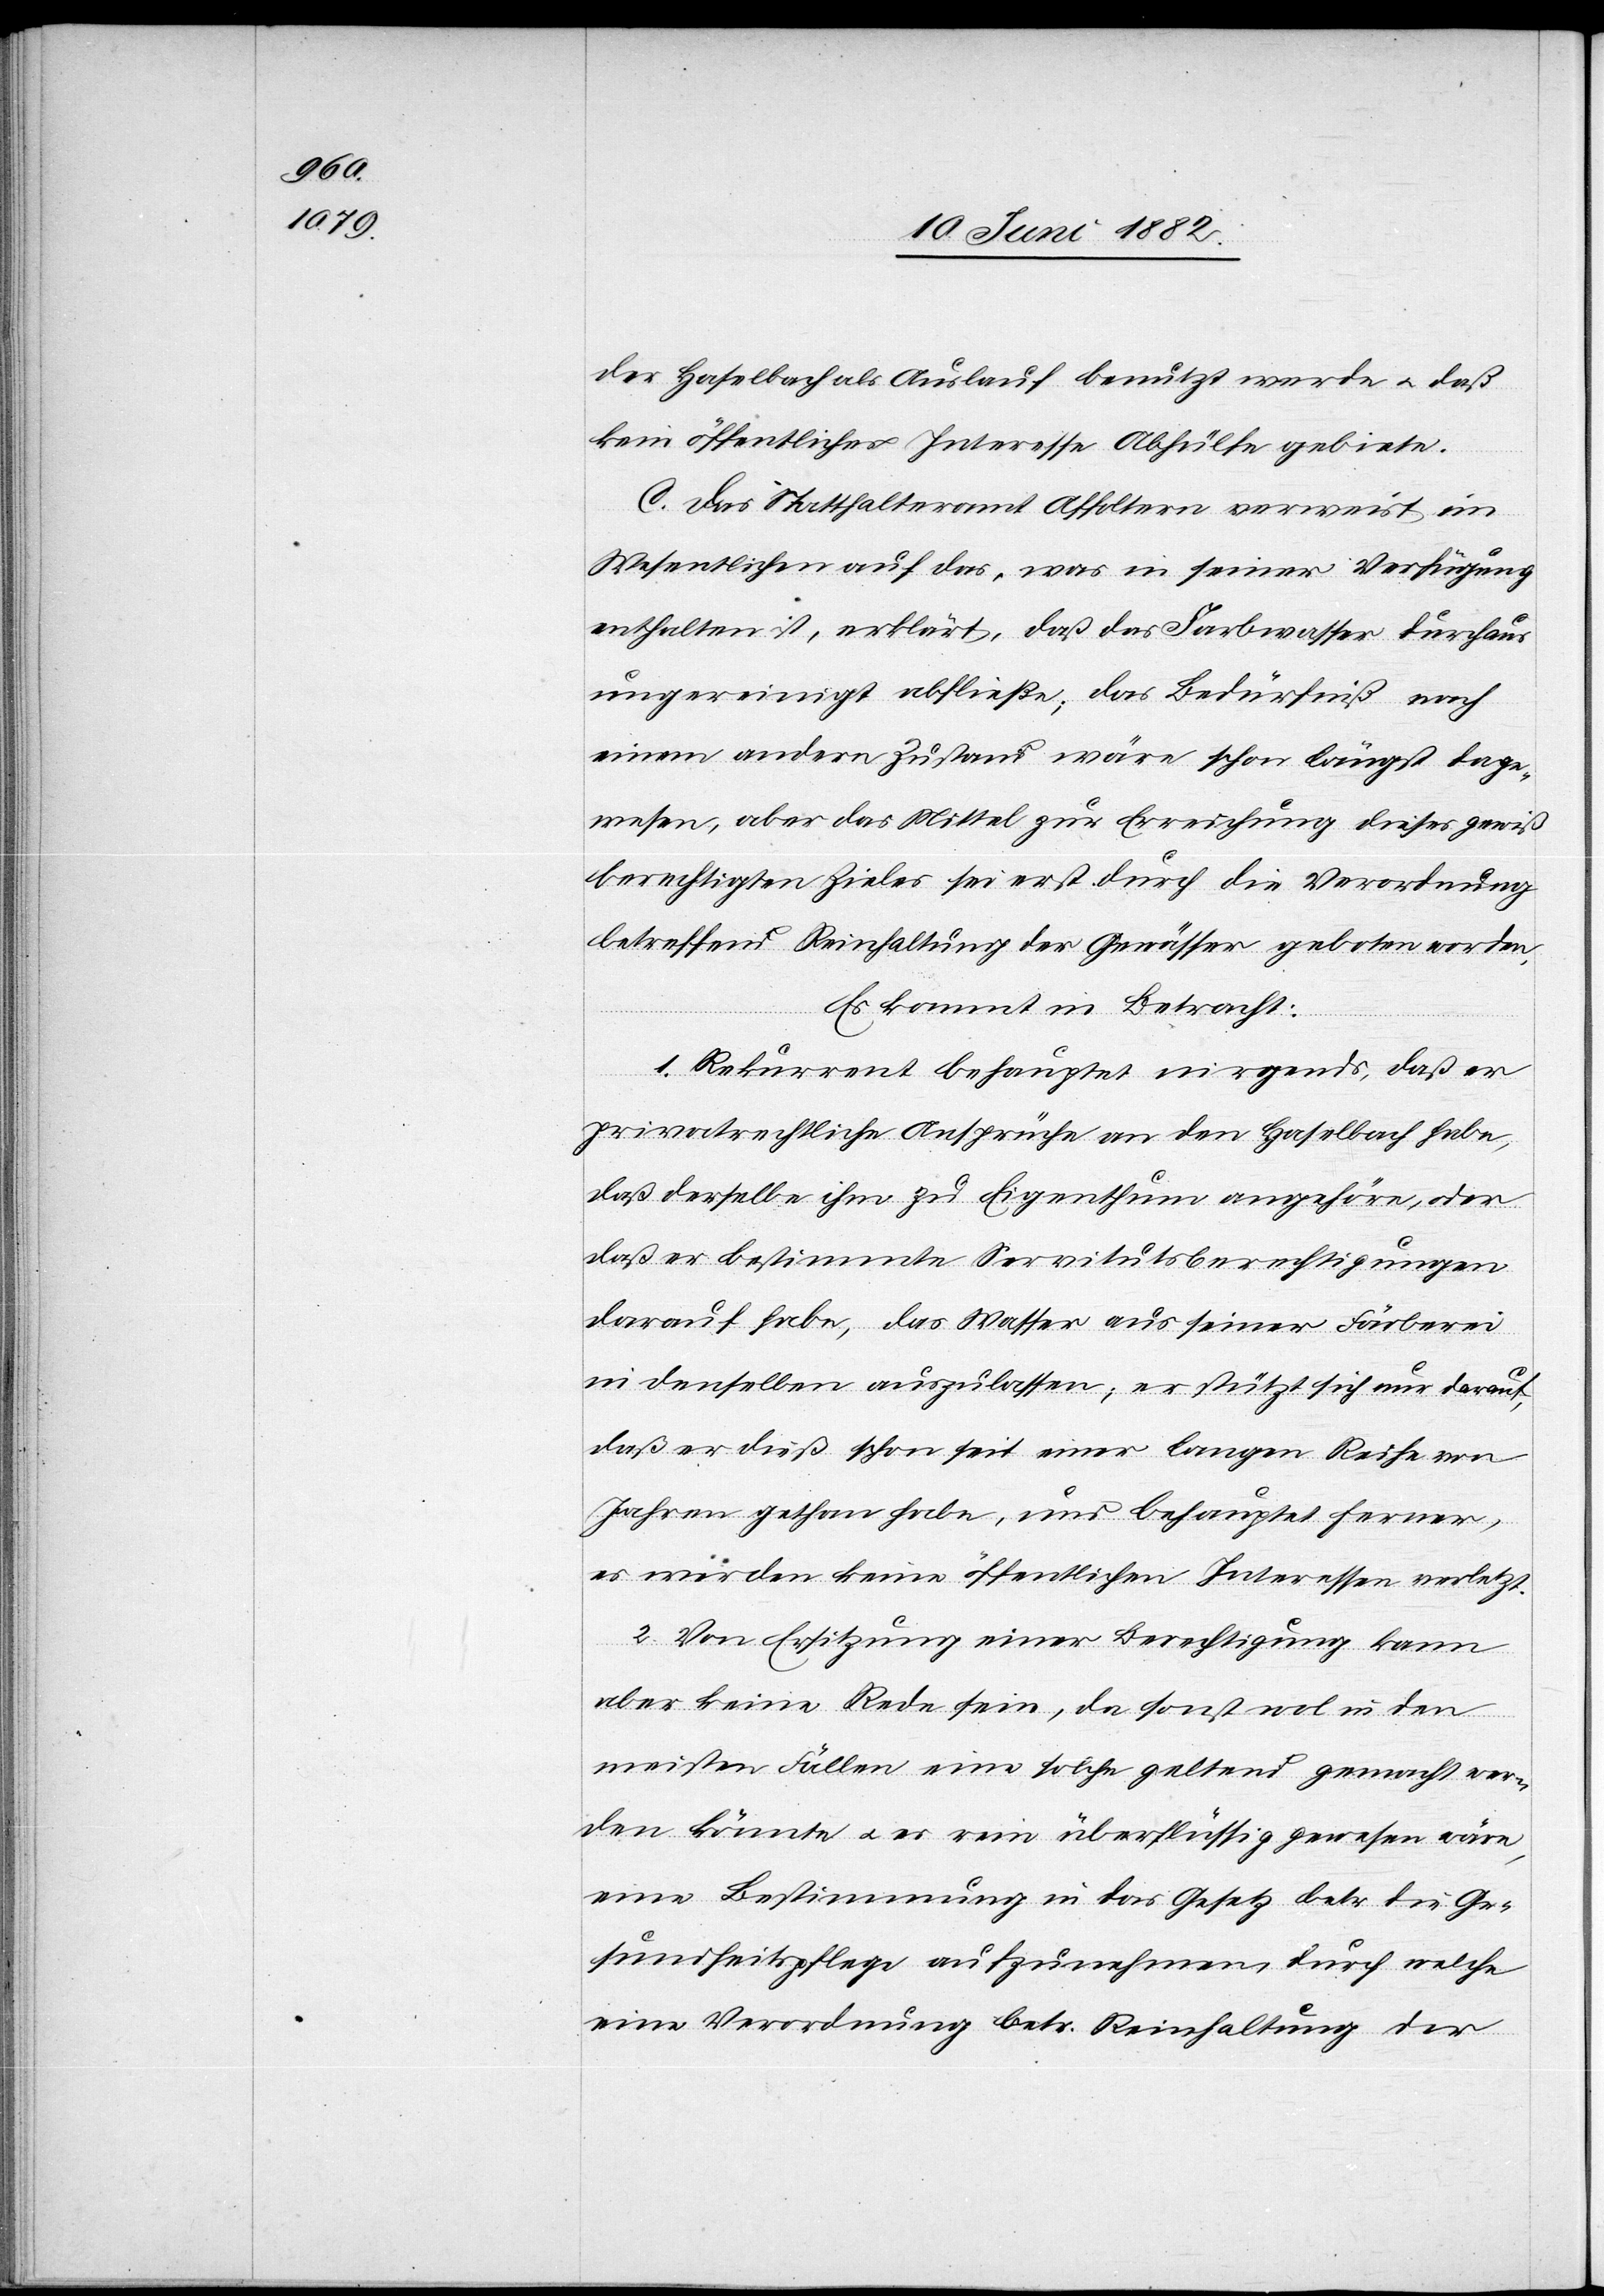
der Haselbach als Auslauf benutzt werde u. daß
kein öffentliches Interesse Abhülfe gebiete.
C. Das Statthalteramt Affoltern verweist im
Wesentlichen auf das, was in seiner Verfügung
enthalten ist, erklärt, daß das Farbwasser durchaus
ungereinigt abfließe; das Bedürfniß nach
einem andern Zustand wäre schon längst dage¬
wesen, aber das Mittel zur Erreichung dieses gewiß
berechtigten Zieles sei erst durch die Verordnung
Es kommt in Betracht:
1. Rekurrent behauptet nirgends, daß er
privatrechtliche Ansprüche an den Haselbach habe,
daß derselbe ihm zu Eigenthum angehöre, oder
daß er bestimmte Servitutsberechtigungen
darauf habe, das Wasser aus seiner Färberei
in den selben auszulassen; er stützt sich nur darauf,
daß er dieß schon seit einer langen Reihe von
Jahren gethan habe, und behauptet ferner,
es werden keine öffentlichen Interessen verletzt.
2. Von Ersitzung einer Berechtigung kann
aber keine Rede sein, da sonst wol in den
meisten Fällen eine solche geltend gemacht wer¬
den könnte u. es rein überflüssig gewesen wäre,
eine Bestimmung in das Gesetz betr. die Ge¬
sundheitspflege aufzunehmen, durch welche
eine Verordnung betr. Reinhaltung der